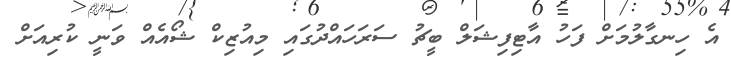
އެ ހިނގާލުމަށް ފަހު އާޓިފިޝަލް ބީޗު ސަރަހައްދުގައި މިއުޒިކް ޝޯއެއް ވަނީ ކުރިއަށް